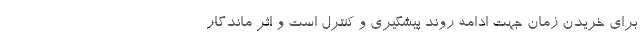
برای خریدن زمان جهت ادامه روند پیشگیری و کنترل است و اثر ماندگار